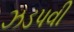
ઝડપવી